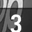
Digit: 3